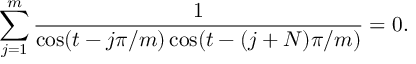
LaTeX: \sum _ { j = 1 } ^ { m } { \frac { 1 } { \cos ( t - { j \pi / m } ) \cos ( t - { ( j + N ) \pi / m } ) } } = 0 .